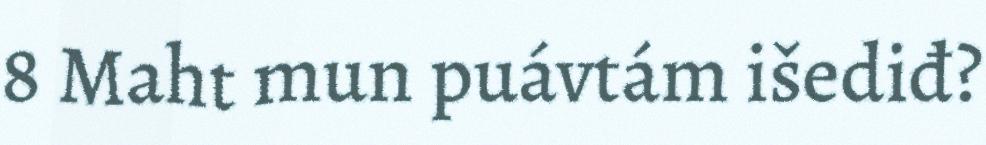
8 Maht mun puávtám išediđ?